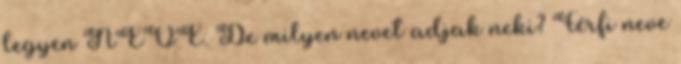
legyen NEVE. De milyen nevet adjak neki? Férfi neve